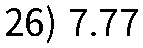
26) 7.77